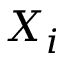
X _ { i }